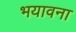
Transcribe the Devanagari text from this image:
भयावना